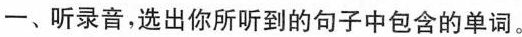
一、听录音,选出你所听到的句子中包含的单词。